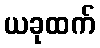
ယခုထက်